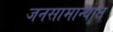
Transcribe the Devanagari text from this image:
जनसामान्यांत